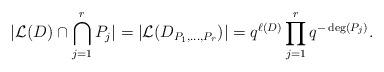
LaTeX: \begin{align*} \vert \mathcal{L}(D) \cap \bigcap_{j=1}^r P_j \vert =\vert \mathcal{L}(D_{P_1, \dots, P_r}) \vert = q^{\ell(D)} \prod_{j=1}^r q^{-\deg(P_j)}. \end{align*}